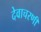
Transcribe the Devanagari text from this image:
देवाचरणी